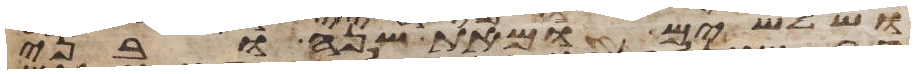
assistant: ושלשים ומאת שנה ובני